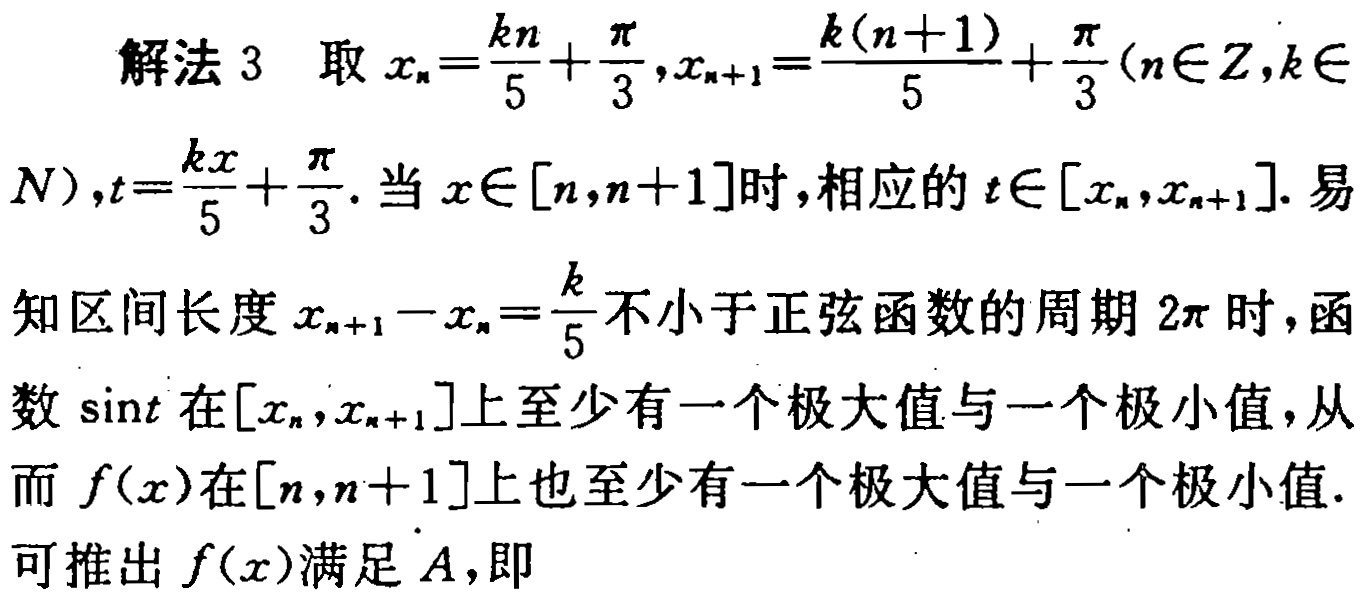
解法 3 取 \(x_{n}=\frac{kn}{5}+\frac{\pi}{3},x_{n + 1}=\frac{k(n + 1)}{5}+\frac{\pi}{3}(n\in Z,k\in N),t=\frac{kx}{5}+\frac{\pi}{3}\). 当 \(x\in[n,n + 1]\)时，相应的 \(t\in[x_{n},x_{n + 1}]\). 易知区间长度 \(x_{n + 1}-x_{n}=\frac{k}{5}\)不小于正弦函数的周期 \(2\pi\)时，函数 \(\sin t\)在\([x_{n},x_{n + 1}]\)上至少有一个极大值与一个极小值，从而 \(f(x)\)在\([n,n + 1]\)上也至少有一个极大值与一个极小值. 可推出 \(f(x)\)满足 \(A\)，即